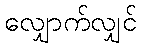
လျှောက်လျှင်